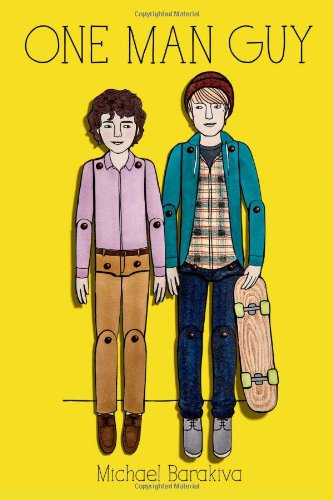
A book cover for One Man Guy; Michael Barakiva; Teen & Young Adult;